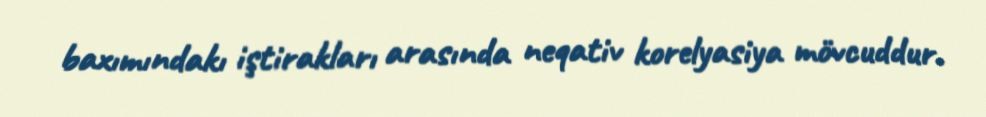
baxımındakı iştirakları arasında neqativ korelyasiya mövcuddur.